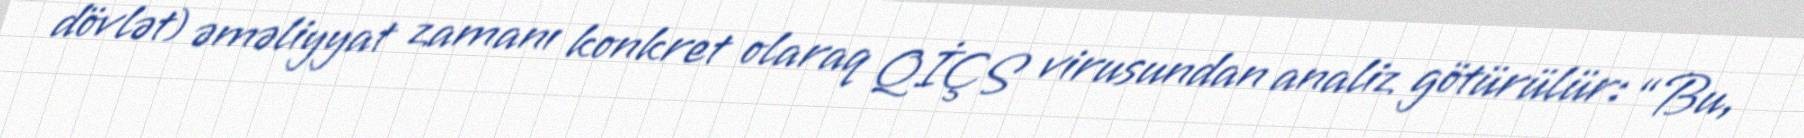
dövlət) əməliyyat zamanı konkret olaraq QİÇS virusundan analiz götürülür: “Bu,